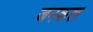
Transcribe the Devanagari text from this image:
जनकल